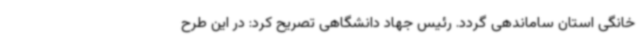
خانگی استان ساماندهی گردد. رئیس جهاد دانشگاهی تصریح کرد: در این طرح